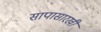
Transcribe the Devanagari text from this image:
सापासारखी